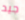
جيد